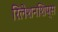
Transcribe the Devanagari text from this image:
रिलेशनशिप्स